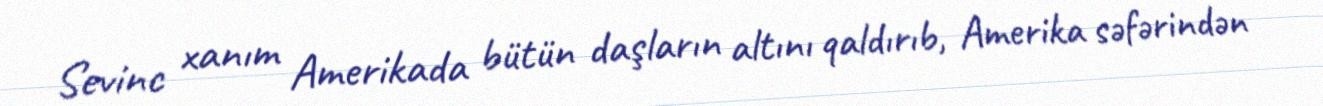
Sevinc xanım Amerikada bütün daşların altını qaldırıb, Amerika səfərindən